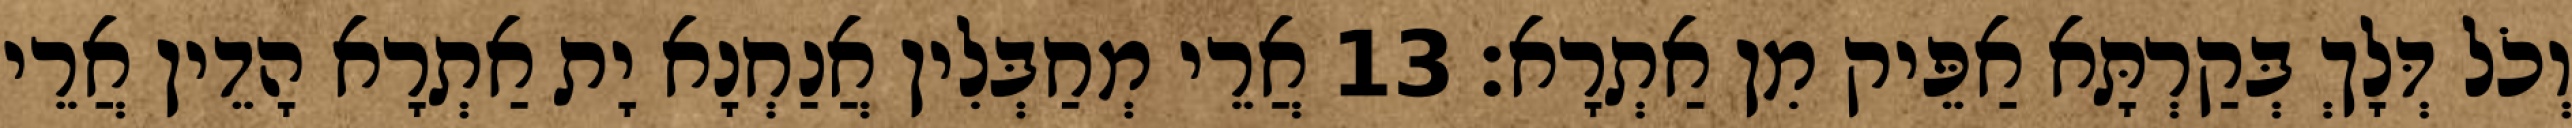
וְכֹל דְּלָךְ בְּקַרְתָּא אַפֵּיק מִן אַתְרָא׃ 13 אֲרֵי מְחַבְּלִין אֲנַחְנָא יָת אַתְרָא הָדֵין אֲרֵי